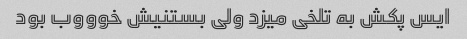
ایس پکش به تلخی میزد ولی بستنیش خوووب بود